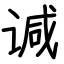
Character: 𫍯